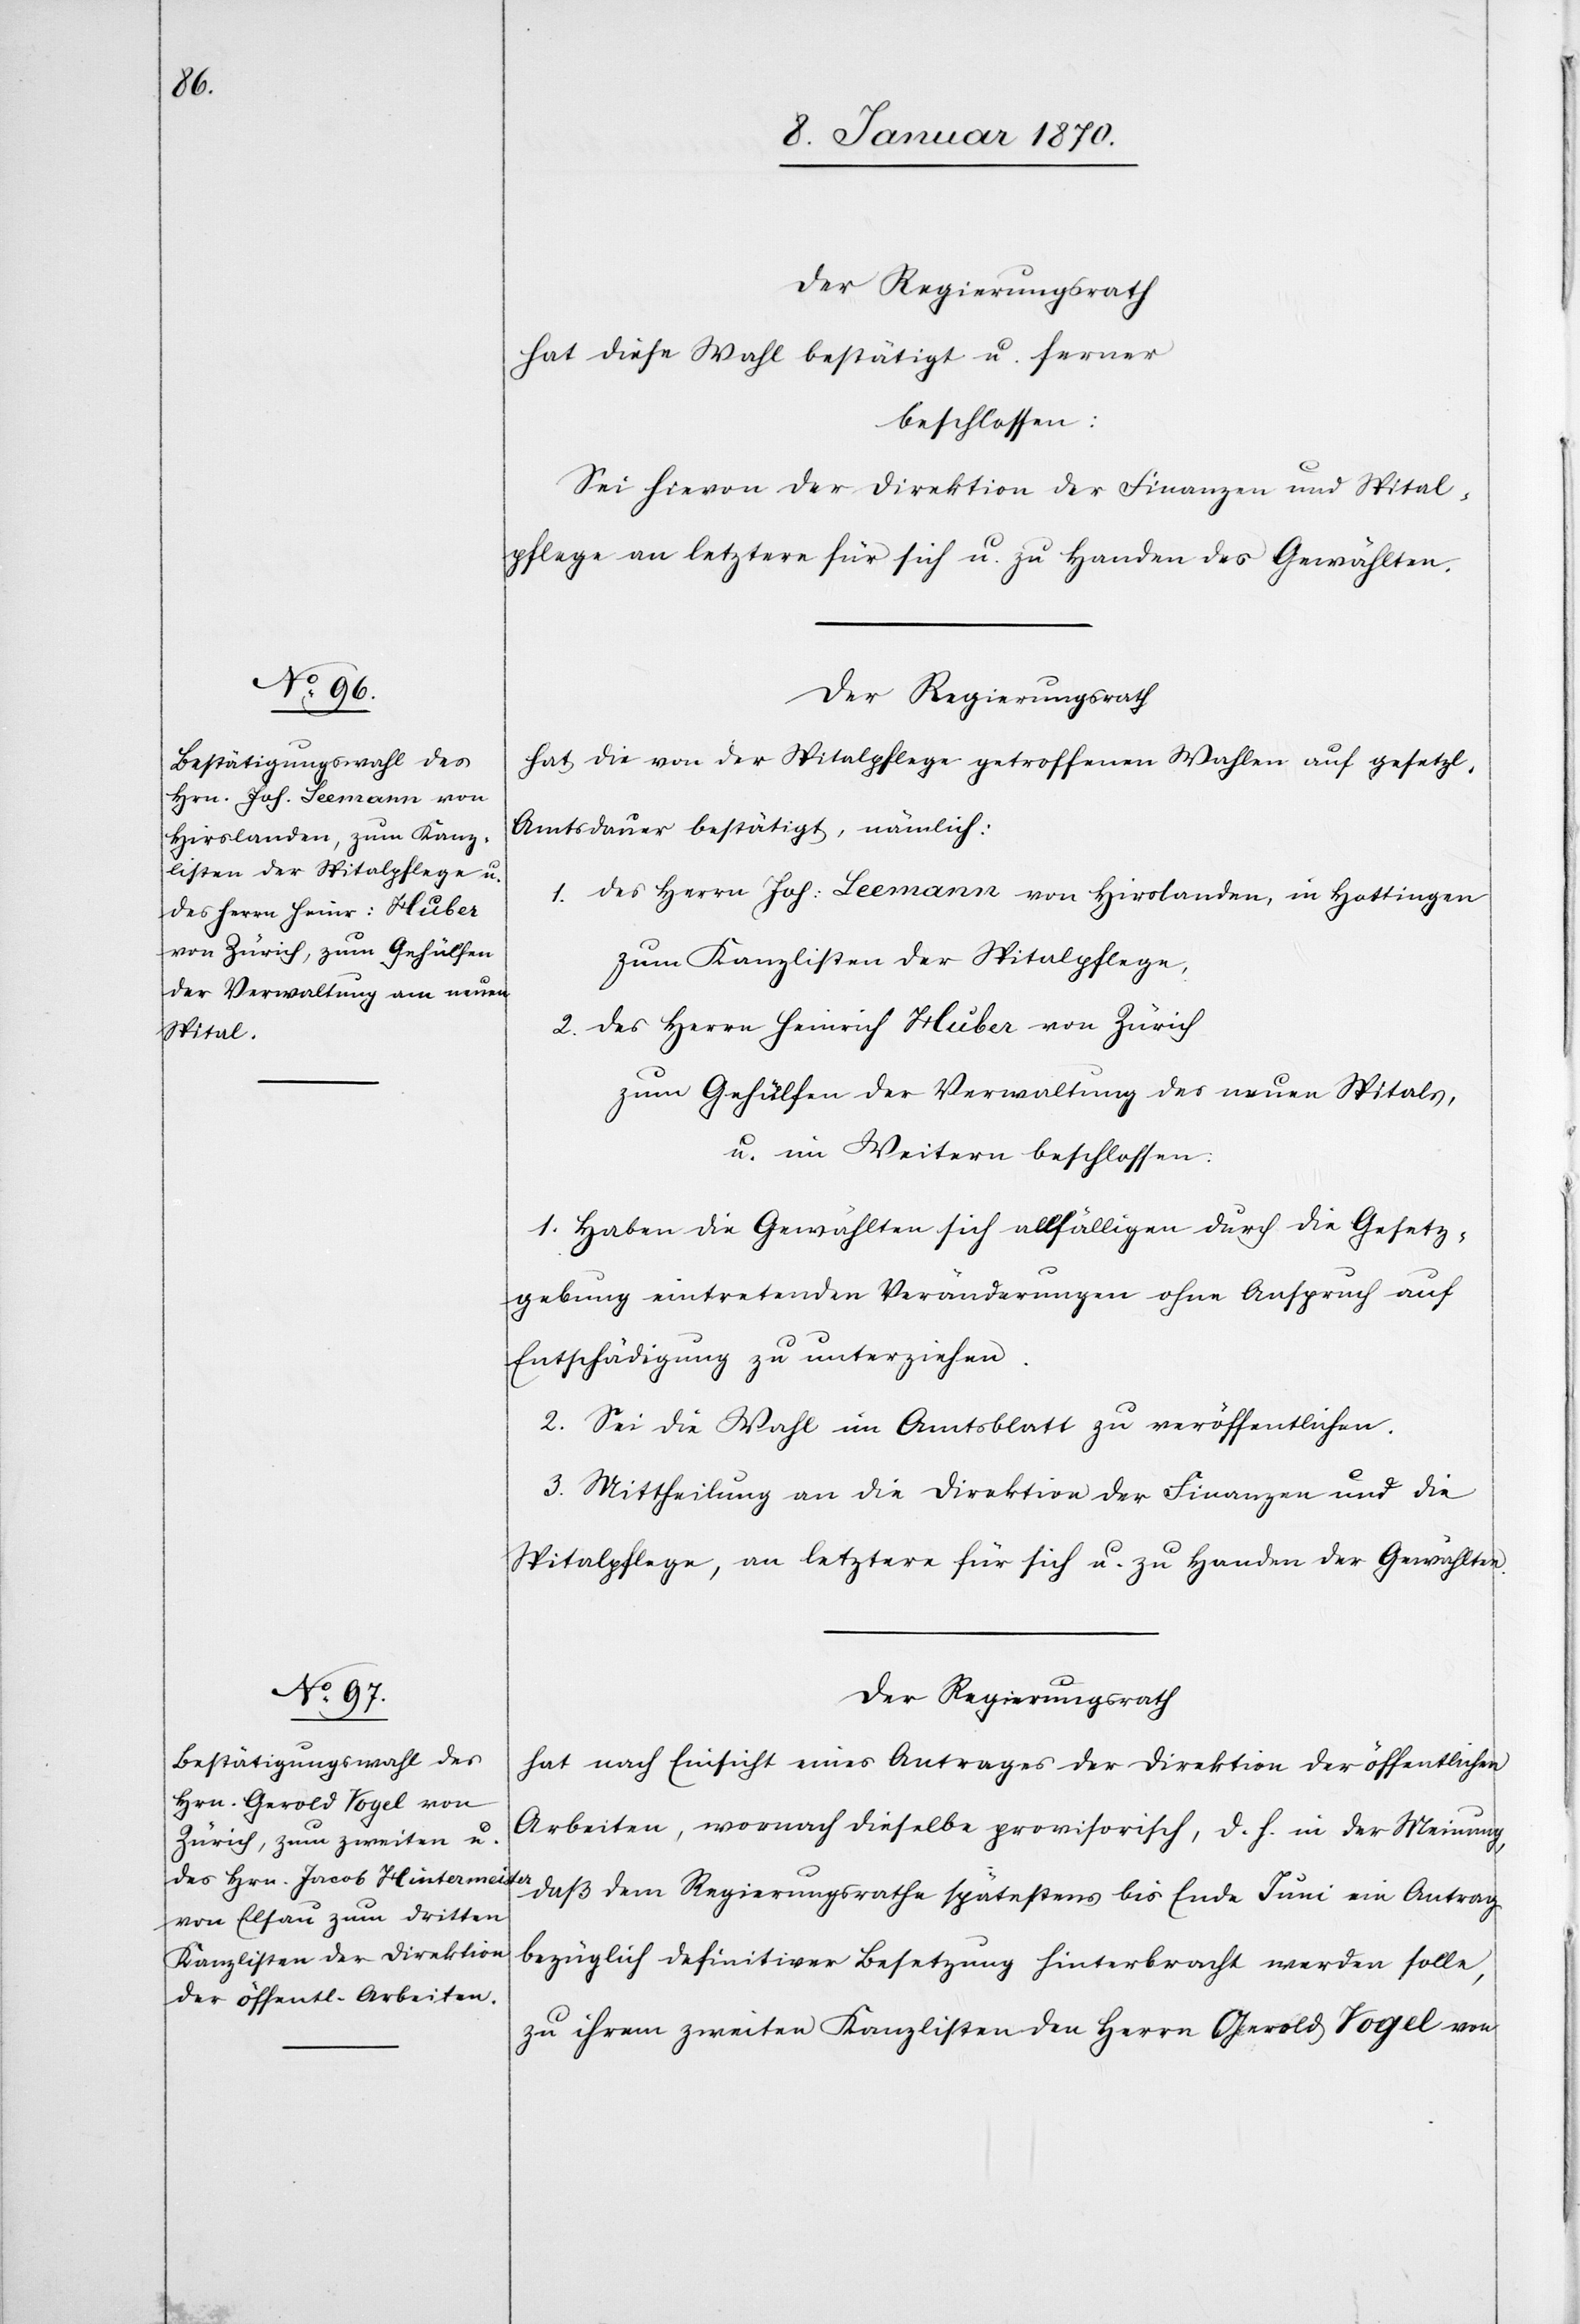
Der Regierungsrath
hat diese Wahl bestätigt u. ferner
beschlossen:
Sei hievon der Direktion der Finanzen und Spital¬
pflege an letztere für sich u. zu Handen des Gewählten
Der Regierungsrath
hat die von der Spitalpflege getroffenen Wahlen auf gesetzl.
Amtsdauer bestätigt, nämlich:
1. des Herrn Joh: Leemann von Hirslanden, in Hottingen
zum Kanzlisten der Spitalpflege,
2. des Herrn Heinrich Huber von Zürich
zum Gehülfen der Verwaltung des neuen Spitals,
u. im Weiteren beschlossen:
1. Haben die Gewählten sich allfälligen durch die Gesetz¬
gebung eintretenden Veränderungen ohne Anspruch auf
Entschädigung zu unterziehen.
2. Sei die Wahl im Amtsblatt zu veröffentlichen.
3. Mittheilung an die Direktion der Finanzen und die
Spitalpflege, an letztere für sich u. zu Handen der Gewählten.
Der Regierungsrath
hat nach Einsicht eines Antrages der Direktion der öffentlichen
Arbeiten, wornach dieselbe provisorisch, d. h. in der Meinung,
daß dem Regierungsrathe spätestens bis Ende Juni ein Antrag
bezüglich definitiver Besetzung hinterbracht werden solle,
zu ihrem zweiten Kanzlisten den Herrn Gerold Vogel von